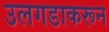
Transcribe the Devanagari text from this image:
उलगडाकरून